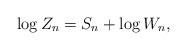
LaTeX: \begin{align*}\log Z_{n}=S_n+\log W_{n},\end{align*}